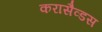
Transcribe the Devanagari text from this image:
करासैव्डस